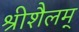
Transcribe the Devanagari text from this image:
श्रीशैलम्